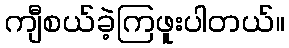
ကျီစယ်ခဲ့ကြဖူးပါတယ်။